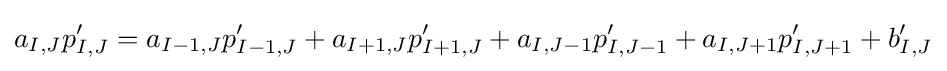
a_{I,J}p'_{I,J}=a_{I-1,J}p'_{I-1,J}+a_{I+1,J}p'_{I+1,J}+a_{I,J-1}p'_{I,J-1}+a_{I,J+1}p'_{I,J+1}+b'_{I,J}